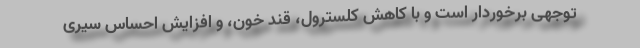
توجهی برخوردار است و با کاهش کلسترول، قند خون، و افزایش احساس سیری